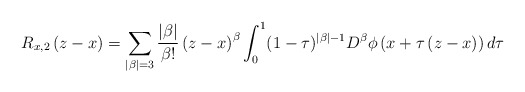
\begin{align*} R_{x,2}\left(z-x\right)=\sum_{|\beta|=3}\frac{|\beta|}{\beta!}\left(z-x\right)^{\beta}\int_{0}^{1}(1-\tau)^{|\beta|-1} D^{\beta}\phi\left(x+\tau\left(z-x\right)\right) d\tau \end{align*}